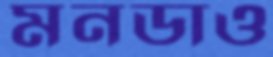
মনডাও